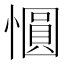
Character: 𪬱